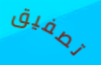
تصفيق